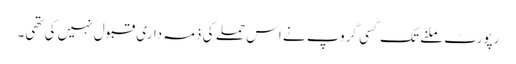
رپورٹ ملنے تک کسی گروپ نے اس حملے کی ذمہ داری قبول نہیں کی تھی۔